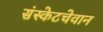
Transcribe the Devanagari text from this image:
संस्केटचेवान